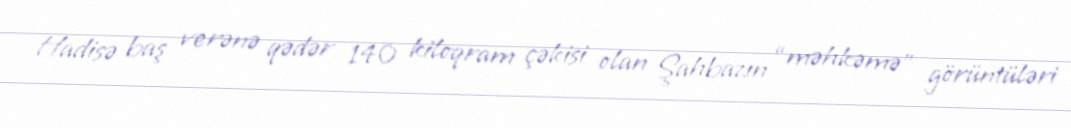
Hadisə baş verənə qədər 140 kiloqram çəkisi olan Şahbazın “məhkəmə” görüntüləri